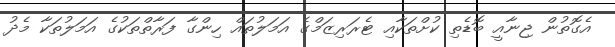
އެގޮތުން ޖިނާއީ ބޮޑެތި ކުށްތަކާއި ޓެރަރިޒަމްގެ އަމަލުތައް ހިންގާ ފަރާތްތަކުގެ އަމަލުތަކާ މެދު